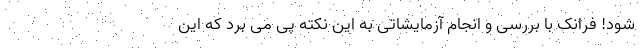
شود! فرانک با بررسی و انجام آزمایشاتی به این نکته پی می برد که این